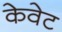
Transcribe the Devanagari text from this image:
केवेट